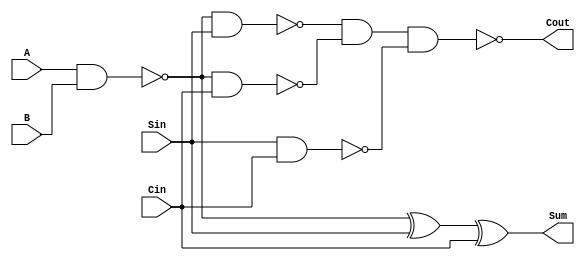
module NMFA (Sum, Cout, A, B, Sin, Cin);
   input A;
   input B;
   input Sin;
   input Cin;   
   output Sum;
   output Cout;
	wire  w0;
	wire	w1;
	wire	w2;
	wire	w3;
	wire	w4;
	nand    n0(w0, A, B);
	xor	x1(w1, w0, Sin);
	xor	x2(Sum, w1, Cin);
	nand    n1(w2, w0, Sin);
	nand    n2(w3, w0, Cin);
	nand	n3(w4, Sin, Cin);
	nand	n4(Cout, w2, w3, w4);
endmodule